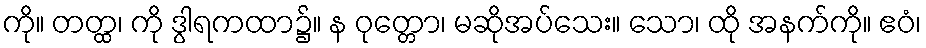
ကို။ တတ္ထ၊ ကို ဒွါရကထာ၌။ န ဝုတ္တော၊ မဆိုအပ်သေး။ သော၊ ထို အနက်ကို။ ဧဝံ၊